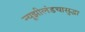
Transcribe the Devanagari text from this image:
न्यूझीलंडचासुद्धा